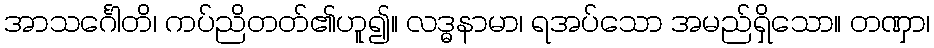
အာသင်္ဂေါတိ၊ ကပ်ညိတတ်၏ဟူ၍။ လဒ္ဓနာမာ၊ ရအပ်သော အမည်ရှိသော။ တဏှာ၊